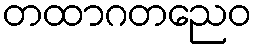
တထာဂတညေဝ